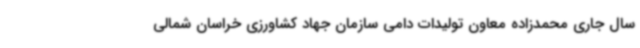
سال جاری محمدزاده معاون تولیدات دامی سازمان جهاد کشاورزی خراسان شمالی